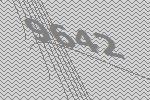
9642